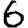
Digit: 6